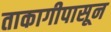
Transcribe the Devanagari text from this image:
ताकागीपासून